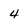
Character: 4